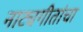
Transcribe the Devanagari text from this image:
नाट्यगीतांचा